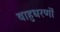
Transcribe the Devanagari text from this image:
बाहुधरणों